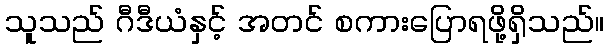
သူသည် ဂီဒီယံနှင့် အတင် စကားပြောရဖို့ရှိသည်။